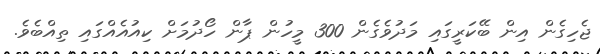
ޖެހިގެން އިން ބޭކަރީގައި މަދުވެގެން 300 މީހުން ޕާން ހޯދުމަށް ކިއުއެއްގައި ތިއްބެވެ.